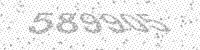
Solution: 589905